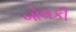
બોલકી